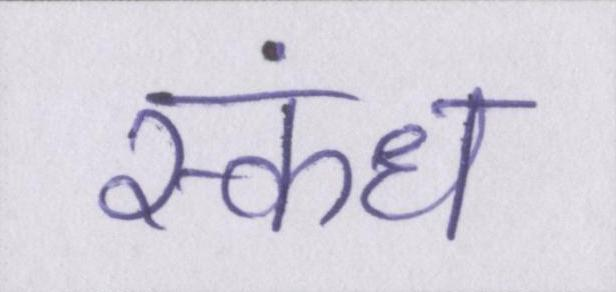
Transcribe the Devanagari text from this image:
स्कंध